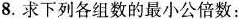
8. 求下列各组数的最小公倍数：